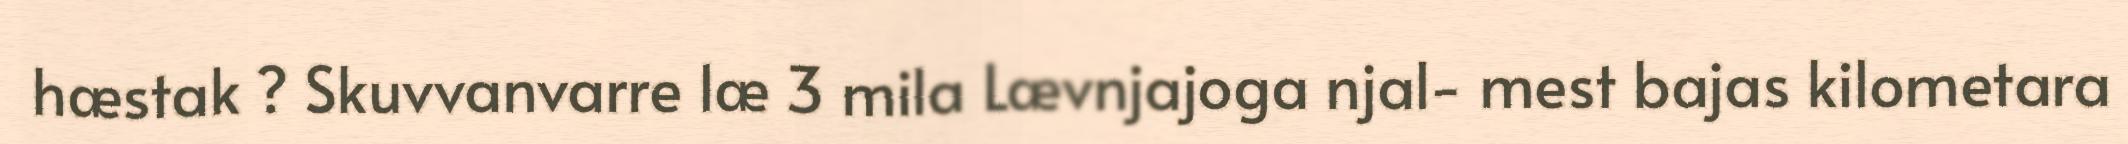
hæstak ? Skuvvanvarre læ 3 mila Lævnjajoga njal- mest bajas kilometara